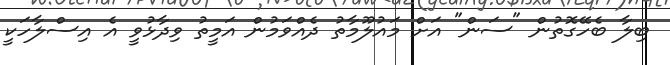
ބިލާ ބެހޭގޮތުން "ސަން" އަށް މައުލޫމާތު ދެއްވަމުން އަމީތު ވިދާޅުވީ އެ އިސްލާހަކީ